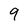
Character: 9